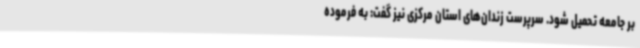
بر جامعه تحمیل شود. سرپرست زندان‌های استان مرکزی نیز گفت: به فرموده